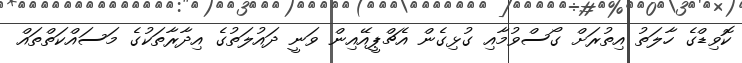
ކޮވިޑްގެ ހާލަތު އިތުރަށް ގޯސްވުމާއި ގުޅިގެން އެޗްޕީއޭއިން ވަނީ ދައުލަތުގެ އިދާރާތަކުގެ މަސައްކަތްތައް